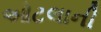
ઓટલાની